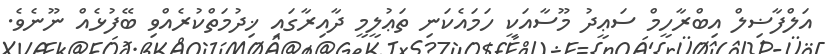
އަލްފާޟިލް އިބްރާހީމް ސަޢީދު މޫސާއަކީ ހަމައެކަނި ތަޢުލީމީ ދާއިރާގައި ޚިދުމަތްކުރެއްވި ބޭފުޅެއް ނޫނެވެ.